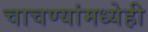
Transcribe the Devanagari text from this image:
चाचण्यांमध्येही